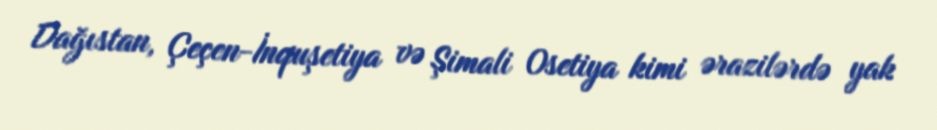
Dağıstan, Çeçen-İnquşetiya və Şimali Osetiya kimi ərazilərdə yak